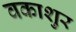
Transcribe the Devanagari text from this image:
वकाशुर